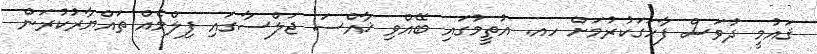
ޤައުމީ ދުވަސް ފާހަގަކުރުމަށް ހއ. އުތީމުގައި ބޭއްވި ޚާއްސަ ޖަލްސާގައި ފިލްމެއް ތައްޔާރުކުރަން